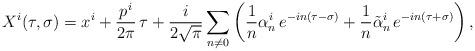
LaTeX: \begin{align*}X^i(\tau,\sigma)=x^i+\frac{p^i}{2\pi}\,\tau +\frac{i}{2\sqrt{\pi}}\sum_{n\ne 0}\left(\frac{1}{n}\alpha_n^i\,e^{-in(\tau-\sigma)} +\frac{1}{n}\tilde{\alpha}_n^i\,e^{-in(\tau+\sigma)}\right),\end{align*}